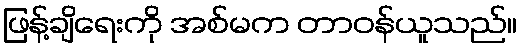
ဖြန့်ချိရေးကို အစ်မက တာဝန်ယူသည်။